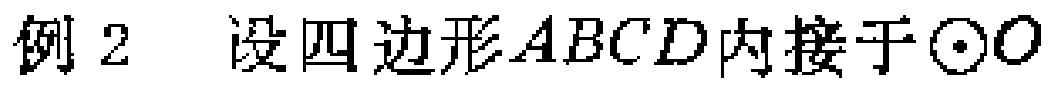
例2 设四边形 \(ABCD\) 内接于 \(\odot O\)